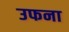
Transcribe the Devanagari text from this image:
उफना